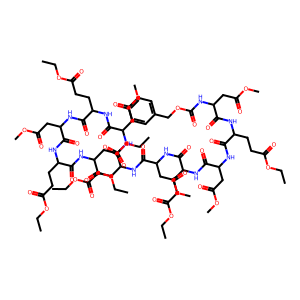
SMILES: CCOC(=O)CCC(NC(=O)C(CC(=O)OC)NC(=O)OCc1ccccc1)C(=O)NC(CC(=O)OC)C(=O)NC(CCC(=O)OCC)C(=O)NC(CC(=O)OC)C(=O)NC(CCC(=O)OCC)C(=O)NC(CC(=O)OC)C(=O)NC(CCC(=O)OCC)C(=O)NC(CC(=O)OC)C(=O)NC(CCC(=O)OCC)C(=O)NC(CC(=O)OCC)C(=O)OCC
Inhibits HIV replication: No